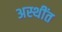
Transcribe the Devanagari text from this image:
अस्थींत